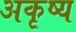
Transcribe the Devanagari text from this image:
अकृष्य